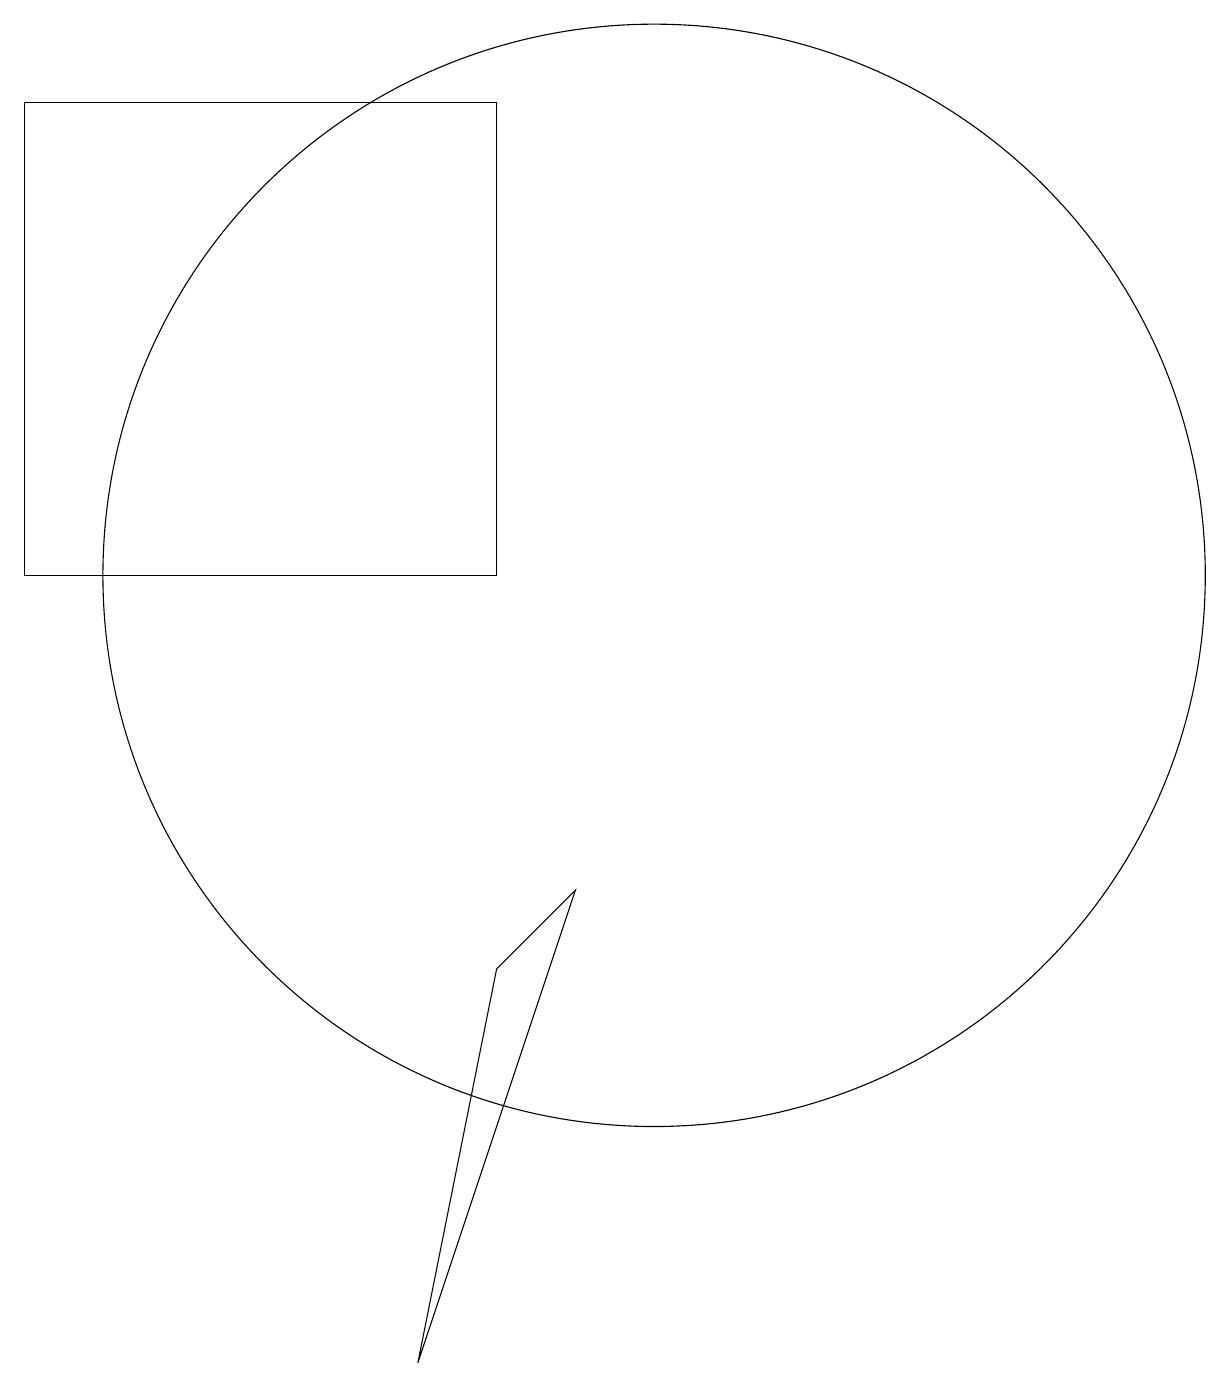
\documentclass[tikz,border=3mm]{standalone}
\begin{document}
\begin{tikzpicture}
\draw (7,2) -- (9,8) -- (8,7) -- cycle;
\draw (10,12) circle (7);
\draw (2,18) rectangle (8,12);
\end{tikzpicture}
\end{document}